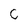
Character: C